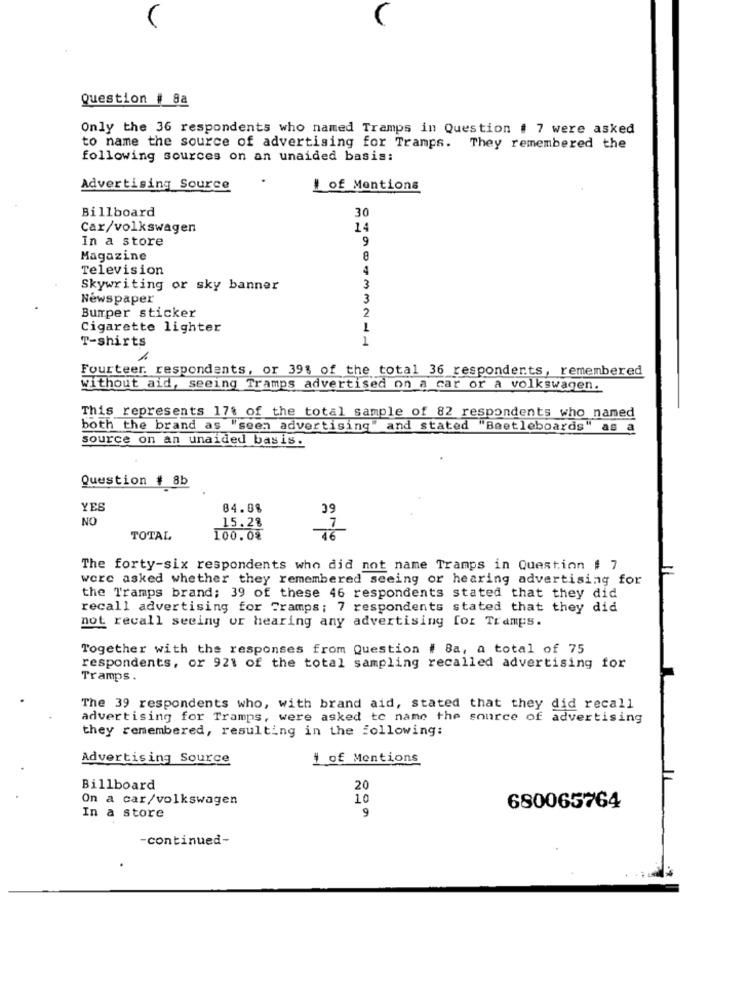
Question # 8a
Only the 36 respondents who named Tramps in Question # 7 were asked
to name the source of advertising for Tramps. They remembered the
following sources on an unaided basis:
Advertising Source
1 of Mentions
Billboard
30
Car/volkswagen
14
In a store
9
Magazine
8
Television
4
Skywriting or sky banner
3
Newspaper
3
2
Bumper sticker
Cigarette lighter
T-shirts
1
Fourteer. respondents, or 39% of the total 36 respondents, remembered
without aid, seeing Tramps advertised on a car or a volkswagen.
This represents 17% of the total sample of 82 respondents who named
both the brand as "seen advertising" and stated "Beetleboards" as a
source on an unaided basis.
Question # 8b
YES
84.08
39
NO
15.28
7
TOTAL
100.0%
46
The forty-six respondents who did not name Tramps in Question # 7
were asked whether they remembered seeing or hearing advertising for
the Tramps brand; 39 of these 46 respondents stated that they did
recall advertising for Tramps; 7 respondents stated that they did
not recall seeing or hearing any advertising for Tramps.
Together with the responses from Question # 8a, a total of 75
respondents, or 921 of the total sampling recalled advertising for
Tramps.
The 39 respondents who, with brand aid, stated that they did recall
advertising for Tramps, were asked to name the source of advertising
they remembered, resulting in the following:
Advertising Source
# of Mentions
Billboard
20
On a car/volkswagen
10
9
680065764
In a store
-continued-